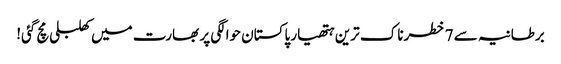
برطانیہ سے 7 خطرناک ترین ہتھیار پاکستان حوالگی پر بھارت میں کھلبلی مچ گئی!